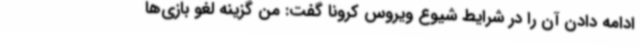
ادامه دادن آن را در شرایط شیوع ویروس کرونا گفت: من گزینه لغو بازی‌ها